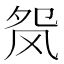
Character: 𬱺